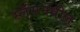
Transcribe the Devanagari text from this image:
स्लॅममधील